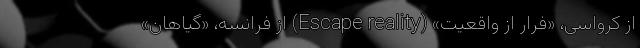
از کرواسی، «فرار از واقعیت» (Escape reality) از فرانسه، «گیاهان»